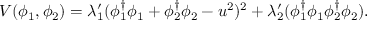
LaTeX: V ( \phi _ { 1 } , \phi _ { 2 } ) = \lambda _ { 1 } ^ { \prime } ( \phi _ { 1 } ^ { \dagger } \phi _ { 1 } + \phi _ { 2 } ^ { \dagger } \phi _ { 2 } - u ^ { 2 } ) ^ { 2 } + \lambda _ { 2 } ^ { \prime } ( \phi _ { 1 } ^ { \dagger } \phi _ { 1 } \phi _ { 2 } ^ { \dagger } \phi _ { 2 } ) .